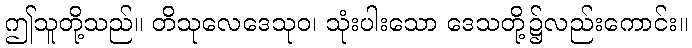
ဤသူတို့သည်။ တိသုလေဒေသုဝ၊ သုံးပါးသော ဒေသတို့၌လည်းကောင်း။